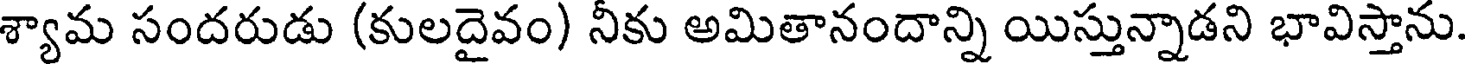
శ్యామ సందరుడు (కులదైవం) నీకు అమితానందాన్ని యిస్తున్నాడని భావిస్తాను